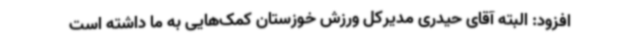
افزود: البته آقای حیدری مدیرکل ورزش خوزستان کمک‌هایی به ما داشته است